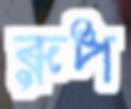
রূপ